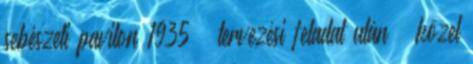
sebészeti pavilon 1935 – tervezési feladat után – közel